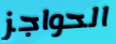
الحواجز